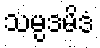
သမ္ပဒမိဒံ